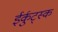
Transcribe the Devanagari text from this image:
ईर्कुट्स्क